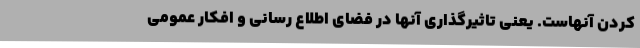
کردن آنهاست. یعنی تاثیرگذاری آنها در فضای اطلاع رسانی و افکار عمومی